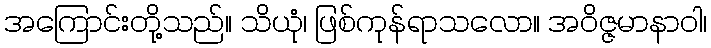
အကြောင်းတို့သည်။ သိယုံ၊ ဖြစ်ကုန်ရာသလော။ အဝိဇ္ဇမာနာဝါ၊